Vaccination in Burma 1920-1933 - 1920-1933
Year: 1920
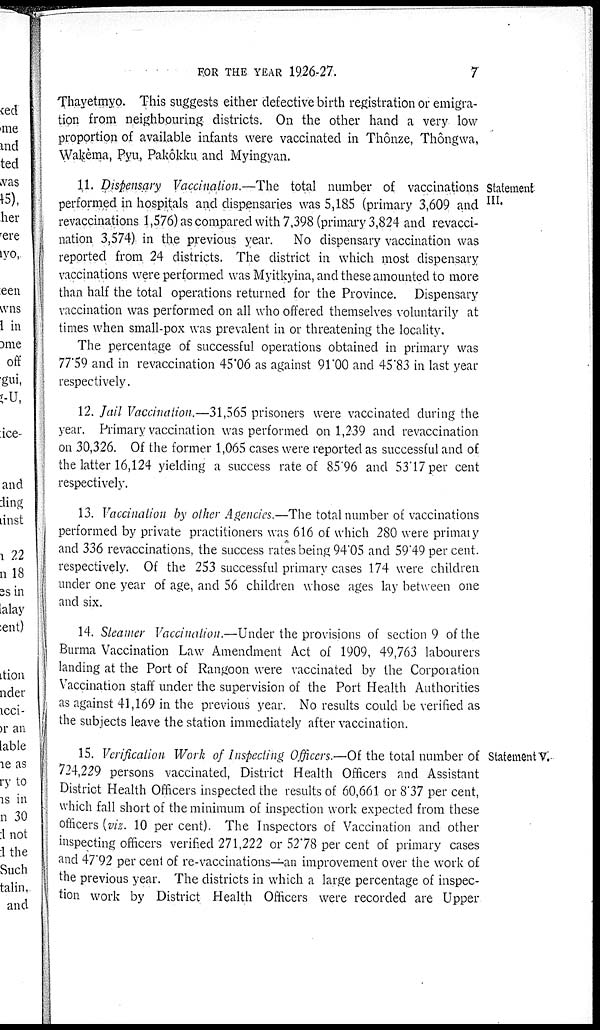
FOR THE YEAR 1926-27.
7
Thayetmyo. This suggests either defective birth registration or emigra-
tion from neighbouring districts. On the other hand a very low
proportion of available infants were vaccinated in Thônze, Thôngwa,
Wakèma, Pyu, Pakôkku and Myingyan.
Statement
III.
11. Dispensary Vaccination.—The total number of vaccinations
performed in hospitals and dispensaries was 5,185 (primary 3,609 and
revaccinations 1,576) as compared with 7,398 (primary 3,824 and revacci-
nation 3,574) in the previous year. No dispensary vaccination was
reported from 24 districts. The district in which most dispensary
vaccinations were performed was Myitkyina, and these amounted to more
than half the total operations returned for the Province. Dispensary
vaccination was performed on all who offered themselves voluntarily at
times when small-pox was prevalent in or threatening the locality.
The percentage of successful operations obtained in primary was
77.59 and in revaccination 45.06 as against 91.00 and 45.83 in last year
respectively.
12. Jail Vaccination.—31,565 prisoners were vaccinated during the
year. Primary vaccination was performed on 1,239 and revaccination
on 30,326. Of the former 1,065 cases were reported as successful and of
the latter 16,124 yielding a success rate of 85.96 and 53.17per cent
respectively.
13. Vaccination by other Agencies.—The total number of vaccinations
performed by private practitioners was 616 of which 280 were primary
and 336 revaccinations, the success rates being 94.05 and 59.49 per cent.
respectively. Of the 253 successful primary cases 174 were children
under one year of age, and 56 children whose ages lay between one
and six.
14. Steamer Vaccination.—Under the provisions of section 9 of the
Burma Vaccination Law Amendment Act of 1909, 49,763 labourers
landing at the Port of Rangoon were vaccinated by the Corporation
Vaccination staff under the supervision of the Port Health Authorities
as against 41,169 in the previous year. No results could be verified as
the subjects leave the station immediately after vaccination.
Statement V.
15. Verification Work of Inspecting Officers.—Of the total number of
724,229 persons vaccinated, District Health Officers and Assistant
District Health Officers inspected the results of 60,661 or 8.37 per cent,
which fall short of the minimum of inspection work expected from these
officers (viz. 10 per cent). The Inspectors of Vaccination and other
inspecting officers verified 271,222 or 52.78 per cent of primary cases
and 47.92 per cent of re-vaccinations—an improvement over the work of
the previous year. The districts in which a large percentage of inspec-
tion work by District Health Officers were recorded are Upper